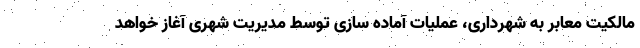
مالکیت معابر به شهرداری، عملیات آماده سازی توسط مدیریت شهری آغاز خواهد